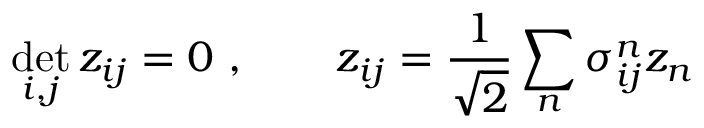
\operatorname * { d e t } _ { i , j } z _ { i j } = 0 \ , \qquad z _ { i j } = { \frac { 1 } { \sqrt { 2 } } } \sum _ { n } \sigma _ { i j } ^ { n } z _ { n }